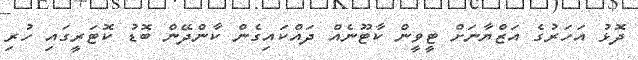
ދޮޅު އަހަރުގެ އަޒްޔާނަށް ޓީވީން ކާޓޫނެއް ދައްކައިގެން ކާންދޭން ބޮޑު ކޮޓަރީގައި ހުރި